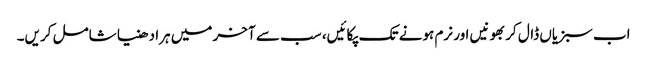
اب سبزیاں ڈال کر بھونیں اور نرم ہونے تک پکائیں، سب سے آخر میں ہرا دھنیا شامل کریں۔